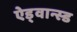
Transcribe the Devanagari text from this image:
ऐड्वान्स्ड